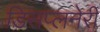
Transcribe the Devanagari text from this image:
डिसप्लनेरी